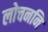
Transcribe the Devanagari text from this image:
लोचननि